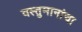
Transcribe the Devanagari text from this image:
वस्तुमानांचा